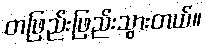
တဖြည်းဖြည်းသွားတယ်။